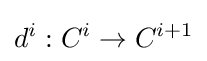
d^{i}:C^{i}\to C^{i+1}